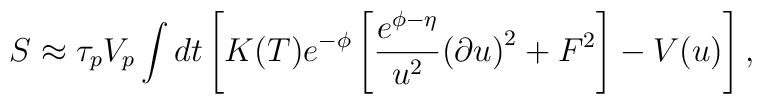
S\approx \tau_pV_p\int dt \left[K(T)e^{-\phi}\left[ {e^{\phi - \eta}\over u^2}{(\partial u)}^2 + F^2\right] - V(u)\right],